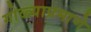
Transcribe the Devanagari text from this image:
गोळ्याप्रमाणे